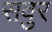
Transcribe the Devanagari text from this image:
सवुर